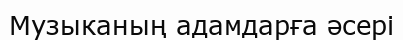
Музыканың адамдарға әсері